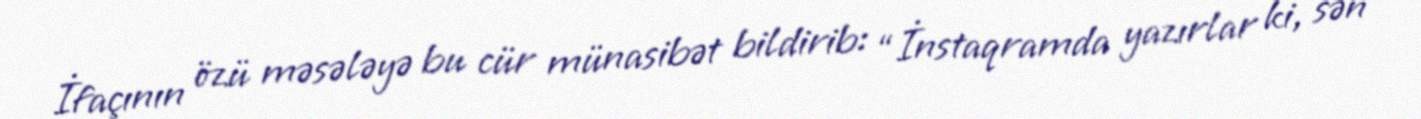
İfaçının özü məsələyə bu cür münasibət bildirib: “İnstaqramda yazırlar ki, sən